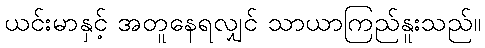
ယင်းမာနှင့် အတူနေရလျှင် သာယာကြည်နူးသည်။